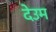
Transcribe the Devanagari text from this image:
देउम